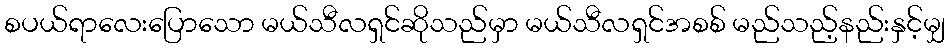
စပယ်ရာလေးပြောသော မယ်သီလရှင်ဆိုသည်မှာ မယ်သီလရှင်အစစ် မည်သည့်နည်းနှင့်မျှ